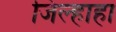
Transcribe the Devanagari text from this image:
जिल्हाहा